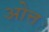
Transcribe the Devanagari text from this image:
ओत्त